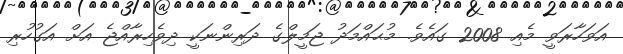
އަވަހާރަވީ މެއި 2008 ގައެވެ. މުޙައްމަދު ޖަމީލްގެ ދަރިންނަކީ ދިވެހިރާއްޖެ އަށް އަގުހުރި